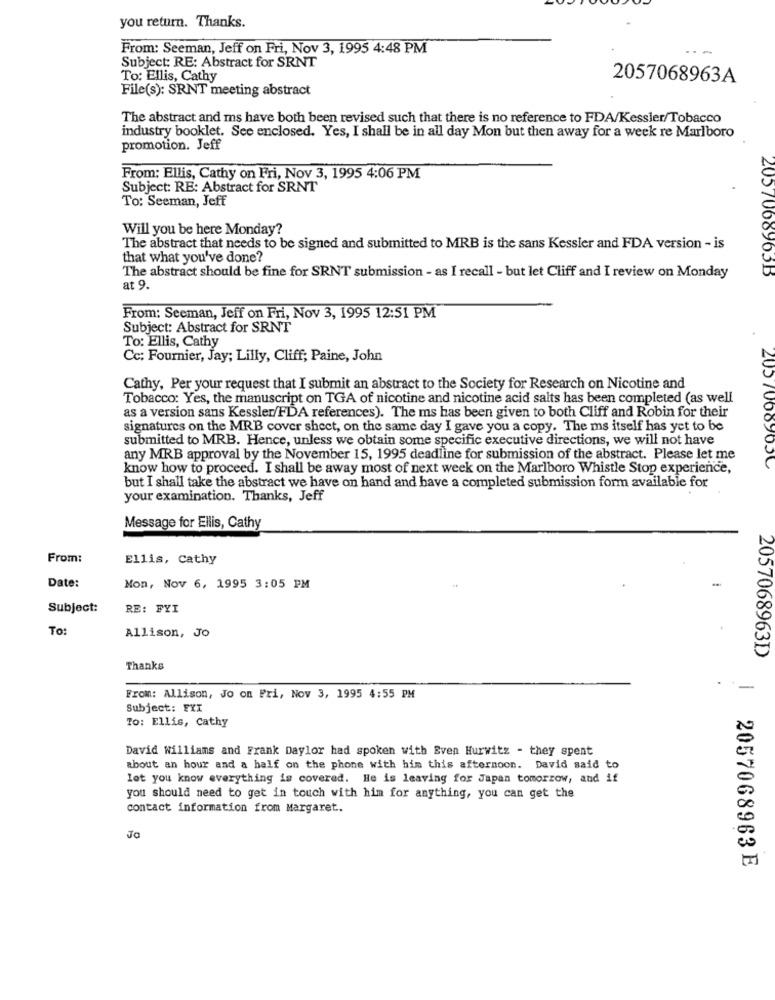
you return. Thanks.
From: Seeman, Jeff on Fri, Nov 3, 1995 4:48 PM
Subject: RE: Abstract for SRNT
To: Ellis, Cathy
2057068963A
File(s): SRNT meeting abstract
The abstract and ms have both been revised such that there is no reference to FDA/Kessler/Tobacco
industry booklet. See enclosed. Yes, I shall be in all day Mon but then away for a week re Marlboro
promotion. Jeff
From: Ellis, Cathy on Fri, Nov 3, 1995 4:06 PM
Subject: RE: Abstract for SRNT
To: Seeman, Jeff
Will you be here Monday?
The abstract that needs to be signed and submitted to MRB is the sans Kessler and FDA version - is
that what you've done?
2057068963B
The abstract should be fine for SRNT submission - as I recall - but let Cliff and I review on Monday
at 9.
From: Seeman, Jeff on Fri, Nov 3, 1995 12:51 PM
Subject: Abstract for SENT
To: Ellis, Cathy
Cc: Fournier, Jay; Lilly, Cliff; Paine, John
Cathy, Per your request that I submit an abstract to the Society for Research on Nicotine and
Tobacco: Yes, the manuscript on TGA of nicotine and nicotine acid salts has been completed (as well
as a version sans Kessler/FDA references). The ms has been given to both Cliff and Robin for their
signatures on the MRB cover sheet, on the same day I gave you a copy. The ms itself has yet to be
submitted to MRB. Hence, unless we obtain some specific executive directions, we will not have
any MRB approval by the November 15, 1995 deadline for submission of the abstract. Please let me
know how to proceed. I shall be away most of next week on the Marlboro Whistle Stop experience,
20570009050
but I shall take the abstract we have on hand and have a completed submission form available for
your examination. Thanks, Jeff
Message for Ellis, Cathy
From:
Ellis, Cathy
Date:
Mon, Nov 6, 1995 3:05 PM
Subject:
RE: FYI
To:
Allison, Jo
2057068963D
Thanks
.
-
From: Allison, Jo on Pri, Nov 3, 1995 4:55 PM
Subject: FXI
To: Ellis, Cathy
David Williams and Frank Daylor had spoken with Even Hurwitz - they spent
about an hour and a half on the phone with him this afternoon. David said to
let you know everything is covered. He is leaving for Japan tomorrow, and if
you should need to get in touch with him for anything, you can get the
contact information from Margaret.
JO
2057068963 E